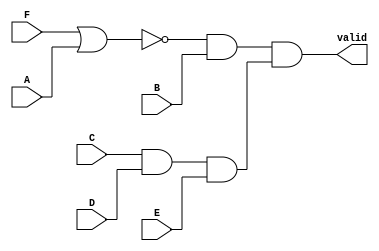
/* Generated by Yosys 0.7 (git sha1 61f6811, gcc 5.4.0-6ubuntu1~16.04.4 -O2 -fstack-protector-strong -fPIC -Os) */

(* top =  1  *)
(* src = "multi.v:2" *)
module multi(A, B, C, D, E, F, valid);
  wire _0_;
  wire _1_;
  wire _2_;
  wire _3_;
  (* src = "multi.v:3" *)
  input A;
  (* src = "multi.v:3" *)
  input B;
  (* src = "multi.v:3" *)
  input C;
  (* src = "multi.v:3" *)
  input D;
  (* src = "multi.v:3" *)
  input E;
  (* src = "multi.v:3" *)
  input F;
  (* src = "multi.v:9" *)
  wire [5:0] total_value;
  (* src = "multi.v:4" *)
  output valid;
  assign _2_ = C & D;
  assign _3_ = _2_ & E;
  assign _0_ = ~(F | A);
  assign _1_ = _0_ & B;
  assign valid = _1_ & _3_;
  assign total_value[0] = D;
endmodule